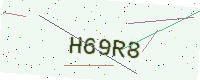
Text: H69R8